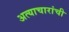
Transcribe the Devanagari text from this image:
अत्याचारांची